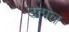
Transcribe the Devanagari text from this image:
उत्‍पल